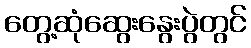
တွေ့ဆုံဆွေးနွေးပွဲတွင်